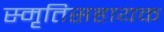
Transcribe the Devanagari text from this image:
स्मृतिसहायक